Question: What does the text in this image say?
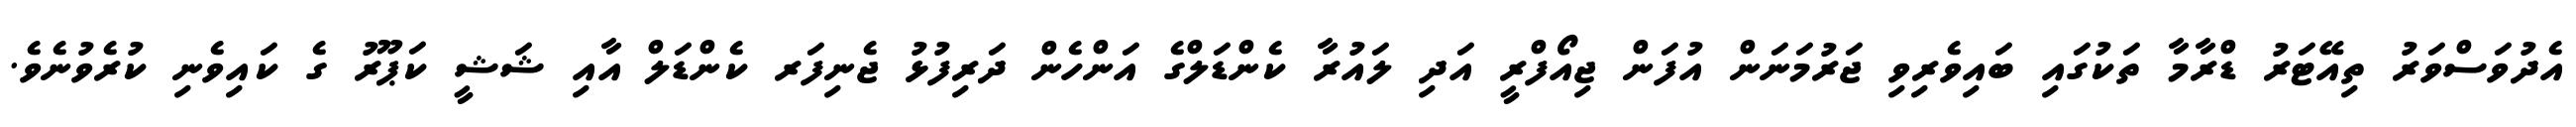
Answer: އެދުވަސްވަރު ތިއޭޓަރު ޑްރާމާ ތަކުގައި ބައިވެރިވި ޖަރުމަނަން އުފަން ޖިއޯފްރީ އަދި ލައުރާ ކެންޑަލްގެ އަންހެން ދަރިފުޅު ޖެނިފަރ ކެންޑަލް އާއި ޝަޝީ ކަޕޫރު ގެ ކައިވެނި ކުރެވުނެވެ.